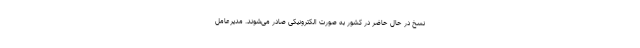
نسخ در حال حاضر در کشور به صورت الکترونیکی صادر می‌شوند. مدیرعامل